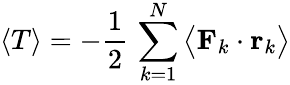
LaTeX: \left\langle T\right\rangle=-{\frac{1}{2}}\, \sum_{k=1}^{N}{\bigl\langle}\mathbf{F}_{k}\cdot\mathbf{r}_{k}{\bigr\rangle}